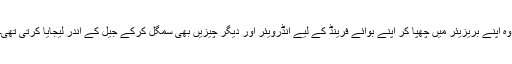
وہ اپنے بریزیئر میں چھپا کر اپنے بوائے فرینڈ کے لیے انڈرویئر اور دیگر چیزیں بھی سمگل کرکے جیل کے اندر لیجایا کرتی تھی۔